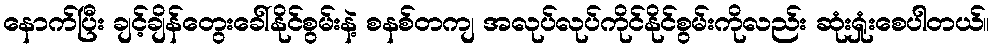
နောက်ပြီး ချင့်ချိန်တွေးခေါ်နိုင်စွမ်းနဲ့ စနစ်တကျ အလုပ်လုပ်ကိုင်နိုင်စွမ်းကိုလည်း ဆုံးရှုံးစေပါတယ်။